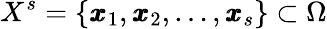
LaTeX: X^{s}=\{ \pmb{x}_{1},\pmb{x}_{2},\dots,\pmb{x}_{s}\} \subset\Omega